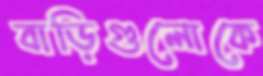
বাড়িগুলোকে